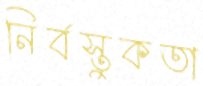
নির্বস্তুকতা